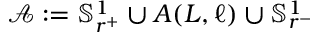
\mathscr { A } : = \mathbb { S } _ { r ^ { + } } ^ { 1 } \cup A ( L , \ell ) \cup \mathbb { S } _ { r ^ { - } } ^ { 1 }